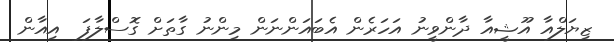
ޒިޔަލްއާ އޫޝީއާ ދާންވީނު އަހަރެން އެބައަންނަން މިންނު ގާތަށް ގޮސްލާފަ  އިއާން